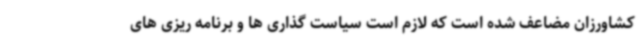
کشاورزان مضاعف شده است که لازم است سیاست گذاری ها و برنامه ریزی های